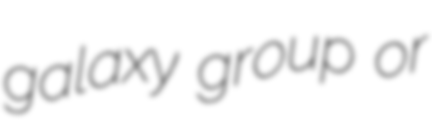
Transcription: galaxy group or